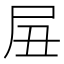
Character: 𱚴